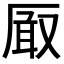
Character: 𭆐